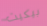
بيكيت